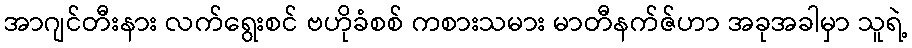
အာဂျင်တီးနား လက်ရွေးစင် ဗဟိုခံစစ် ကစားသမား မာတီနက်ဇ်ဟာ အခုအခါမှာ သူရဲ့